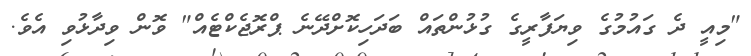
"މިއީ ދެ ގައުމުގެ ވިޔަފާރީގެ ގުޅުންތައް ބަދަހިކޮށްދޭނެ ޕްރޮޖެކްޓެއް" ވޮން ވިދާޅުވި އެވެ.